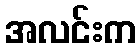
အလင်းက